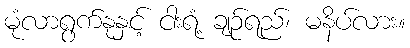
မုံလာရွက်နုနှင့် ငါးရံ့ ချဉ်ရည်၊ မနိပ်လား။